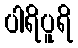
ပါရိပူရိ